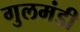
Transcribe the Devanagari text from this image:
गुलमंडी